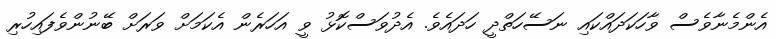
އެންމެނާވެސް ވާހަކަދައްކައި ނަސޭހަތްދީ ހަދައެވެ. އެދުވަސްކޮޅު ވީ އަހަރެން އެކަމަށް ވަރަށް ބޭނުންވެފައިހުރި